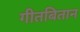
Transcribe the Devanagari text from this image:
गीतबितान